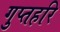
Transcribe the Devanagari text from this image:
गुप्तहरि